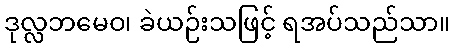
ဒုလ္လဘမေဝ၊ ခဲယဉ်းသဖြင့် ရအပ်သည်သာ။